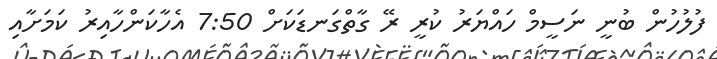
ފުލުހުން ބުނީ ނަސީމް ހައްޔަރު ކުރީ ރޭ ގާތްގަނޑަކަށް 7:50 އެހާކަންހާއިރު ކަމަށާއި